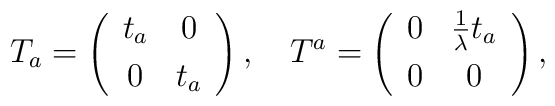
T_{a}=\left(\begin{array}{cc}                t_{a} & 0 \\[1mm]                0 & t_{a}  \\                \end{array}\right),~~~T^{a}=\left(\begin{array}{cc}                0  & \frac{1}{\lambda}t_{a} \\[1mm]                0 & 0 \\                \end{array}\right),